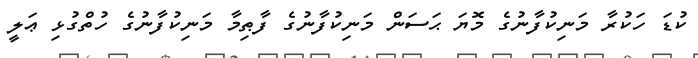
ކުޑަ ހަކުރާ މަނިކުފާނުގެ މޮޔަ ޙަސަން މަނިކުފާނުގެ ފާޠިމާ މަނިކުފާނުގެ ހުތްގުޅި ޢަލީ